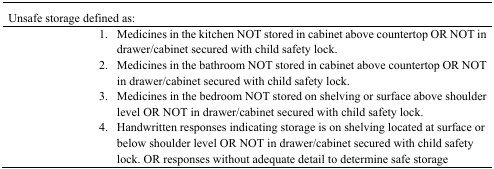
<table><thead><tr><td colspan="7"><b>Unsafe storage defined as:</b></td></tr></thead><tbody><tr><td>1.</td><td colspan="6">Medicines in the kitchen NOT stored in cabinet above countertop OR NOT in drawer/cabinet secured with child safety lock.</td></tr><tr><td>2.</td><td colspan="6">Medicines in the bathroom NOT stored in cabinet above countertop OR NOT in drawer/cabinet secured with child safety lock.</td></tr><tr><td>3.</td><td colspan="6">Medicines in the bedroom NOT stored on shelving or surface above shoulder level OR NOT in drawer/cabinet secured with child safety lock.</td></tr><tr><td>4.</td><td colspan="6">Handwritten responses indicating storage is on shelving located at surface or below shoulder level OR NOT in drawer/cabinet secured with child safety lock. OR responses without adequate detail to determine safe storage</td></tr></tbody></table>